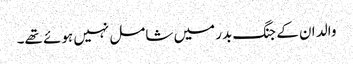
والد ان کے جنگ بدر میں شامل نہیں ہوئے تھے۔